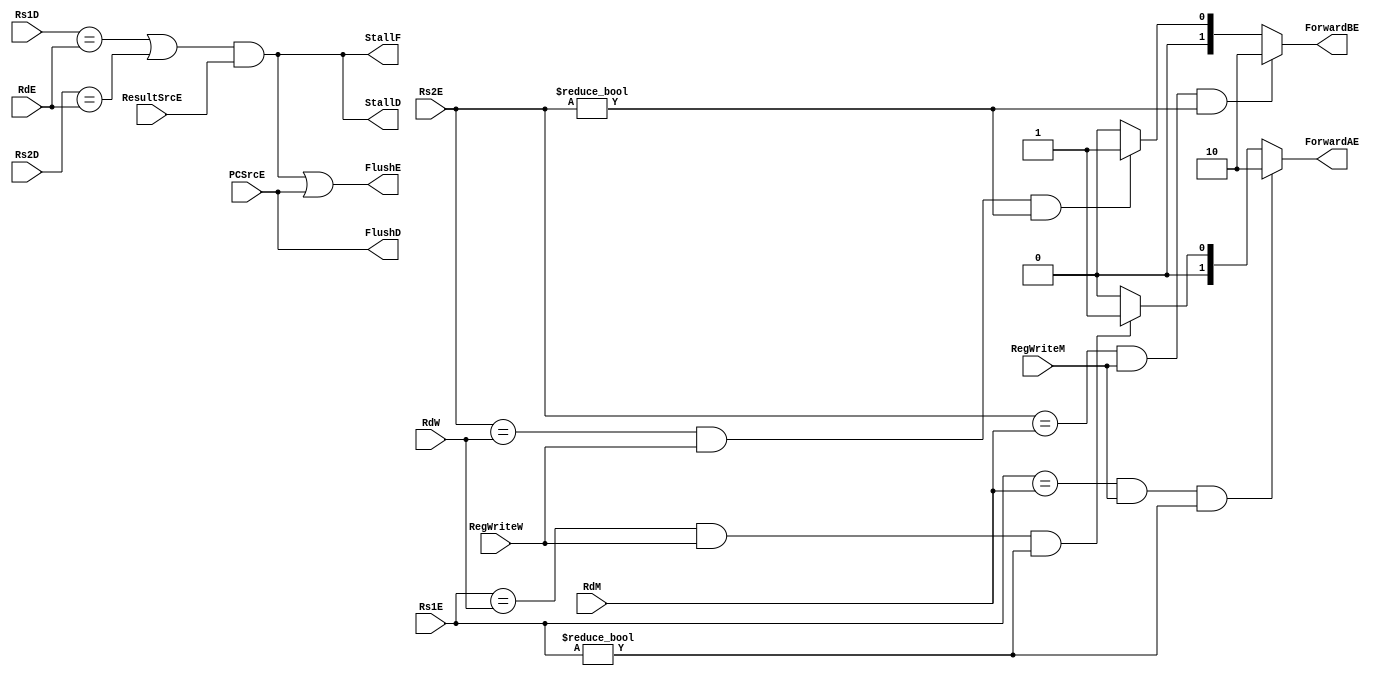
module hazard_unit 
(
    input  wire     [4:0]      Rs1D         ,
    input  wire     [4:0]      Rs2D         ,
    input  wire     [4:0]      RdE          ,
    input  wire     [4:0]      Rs1E         ,
    input  wire     [4:0]      Rs2E         ,
    input  wire                PCSrcE       ,
    input  wire                ResultSrcE   ,
    input  wire     [4:0]      RdM          ,
    input  wire     [4:0]      RdW          ,
    input  wire                RegWriteM    ,
    input  wire                RegWriteW    ,

    output wire                StallF       ,
    output wire                StallD       ,
    output wire                FlushD       , //done
    output wire                FlushE       , //done
    output reg      [1:0]      ForwardAE    ,
    output reg      [1:0]      ForwardBE    
);

wire lwStall ;

always @(*) 
begin
    if(((Rs1E == RdM) && RegWriteM) && (Rs1E != 0))
    begin
        ForwardAE = 10 ;
    end
    else if(((Rs1E == RdW) && RegWriteW) && (Rs1E != 0))
    begin
        ForwardAE = 01 ;
    end
    else
    begin
        ForwardAE = 00 ;
    end

    if(((Rs2E == RdM) && RegWriteM) && (Rs2E != 0))
    begin
        ForwardBE = 10 ;
    end
    else if(((Rs2E == RdW) && RegWriteW) && (Rs2E != 0))
    begin
        ForwardBE = 01 ;
    end
    else
    begin
        ForwardBE = 00 ;
    end
end


assign lwStall = ((Rs1D == RdE) || (Rs2D == RdE)) && ResultSrcE ;

assign StallF = lwStall ;
assign StallD = lwStall ;

assign FlushD = PCSrcE ;
assign FlushE = lwStall | PCSrcE ;

endmodule